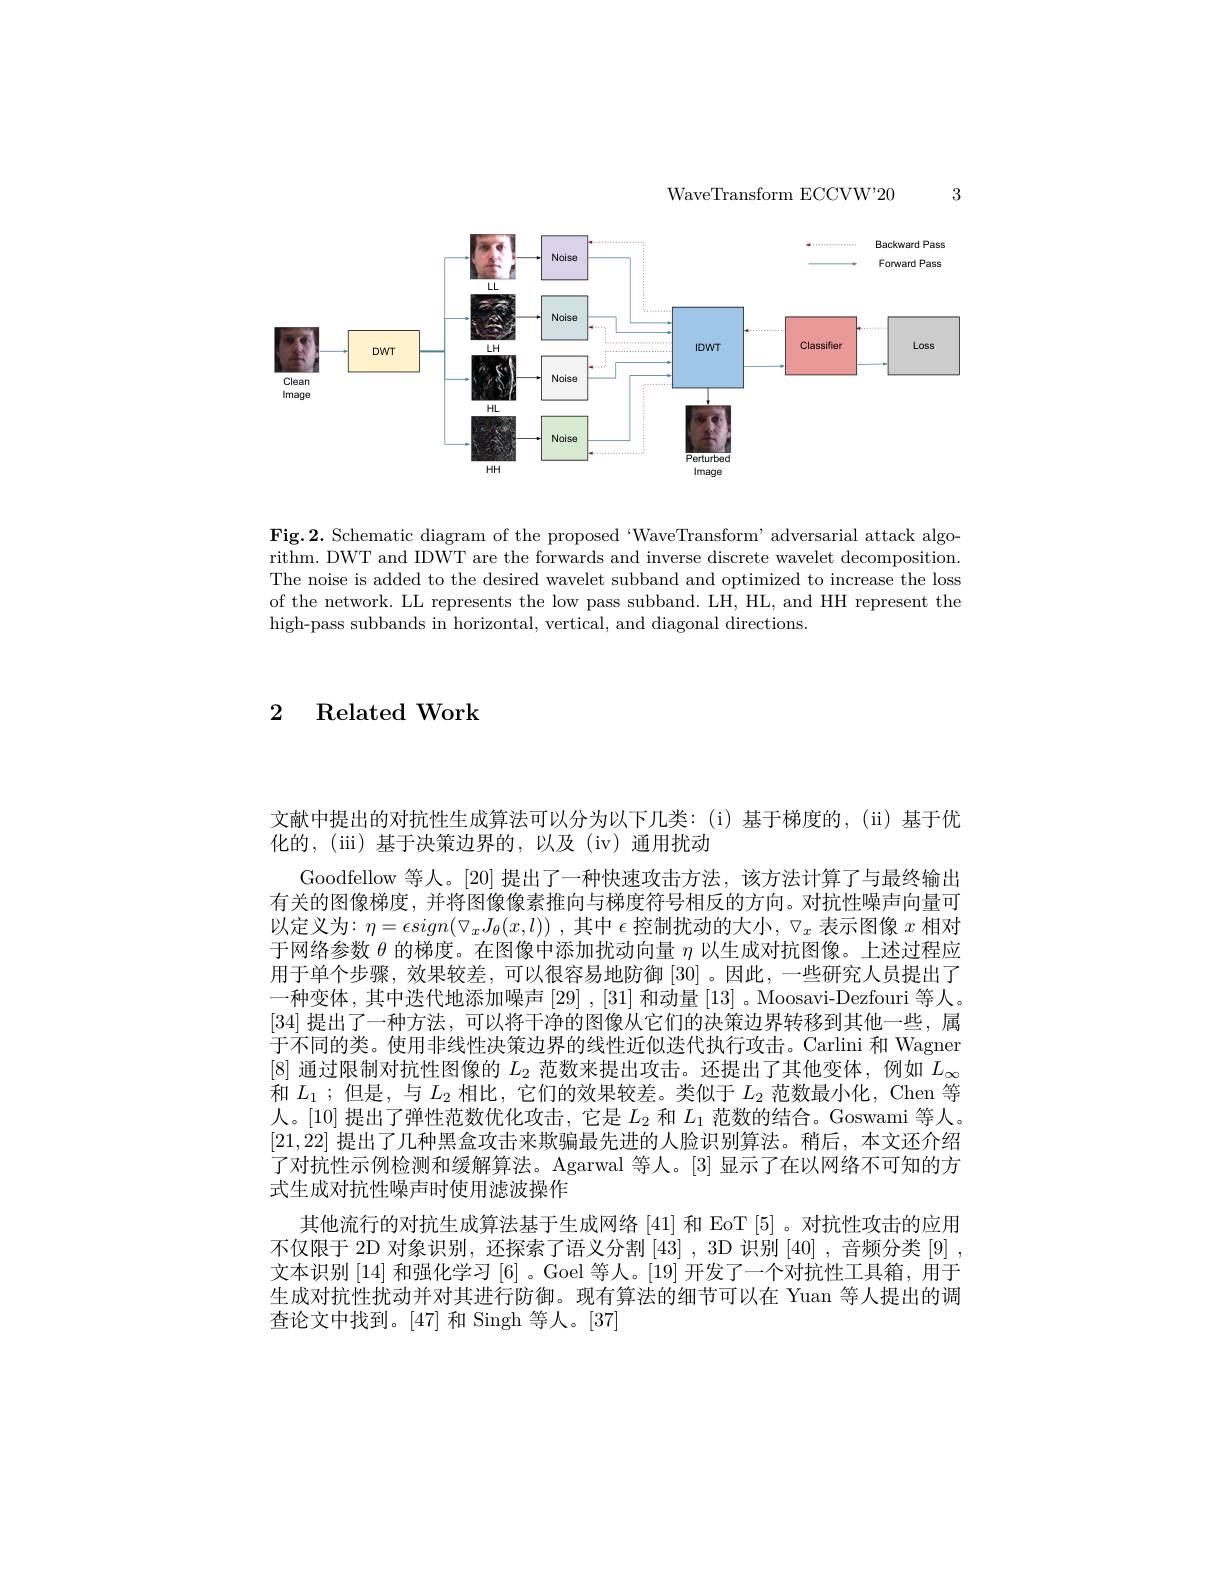
3

WaveTransform ECCVW'20

<FigureHere>

$\mathbf{Fig.2.~Schematic~diagram~of~the~proposed~}`$WaveTransform' adversarial attack algorithm. DWT and IDWT are the forwards and inverse discrete wavelet decomposition. The noise is added to the desired wavelet subband and optimized to increase the loss of the network. LL represents the low pass subband. LH, HL, and HH represent the high-pass subbands in horizontal, vertical, and diagonal directions.

2 Related Work

文献中提出的对抗性生成算法可以分为以下几类：(i)基于梯度的，(ii)基于优
化的，(iii)基于决策边界的，以及(iv)通用扰动
Goodfellow 等人。[20] 提出了一种快速攻击方法，该方法计算了与最终输出有关的图像梯度，并将图像像素推向与梯度符号相反的方向。对抗性噪声向量可以定义为$:\eta=\epsilon sign(\nabla_{x}J_{\theta}(x,l))$ ,其中$\epsilon$控制扰动的大小，$\nabla_{x}$表示图像$x$相对于网络参数$\theta$的梯度。在图像中添加扰动向量$\eta$以生成对抗图像。上述过程应用于单个步骤，效果较差，可以很容易地防御[30] 。因此，一些研究人员提出了一种变体，其中迭代地添加噪声$\left[29\right],\left[31\right]$和动量$\left[13\right]$。Moosavi-Dezfouri 等人。[34]提出了一种方法，可以将干净的图像从它们的决策边界转移到其他一些，属于不同的类。使用非线性决策边界的线性近似迭代执行攻击。Carlini 和 Wagner [8]通过限制对抗性图像的$L_2$范数来提出攻击。还提出了其他变体，例如$L_\infty$ 和$L_1$ ;但是，与$L_2$相比，它们的效果较差。类似于$L_2$范数最小化，Chen 等人。[10]提出了弹性范数优化攻击，它是$L_2$和$L_1$范数的结合。Goswami 等人。[21,22]提出了几种黑盒攻击来欺骗最先进的人脸识别算法。稍后，本文还介绍了对抗性示例检测和缓解算法。Agarwal 等人。[3]显示了在以网络不可知的方式生成对抗性噪声时使用滤波操作
其他流行的对抗生成算法基于生成网络[41] 和 EoT[5]。对抗性攻击的应用不仅限于 2D 对象识别，还探索了语义分割[43] ,3D 识别[40] ,音频分类 [9] , 文本识别[14]和强化学习[6] 。Goel 等人。[19]开发了一个对抗性工具箱，用于生成对抗性扰动并对其进行防御。现有算法的细节可以在 Yuan 等人提出的调查论文中找到。[47] 和 Singh 等人。[37]